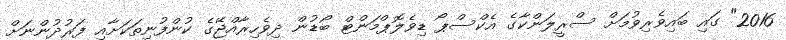
2016" ގައި ބައިވެރިވުމަށް ސްރީލަންކާގެ އެކްސްޕޯ ޑިވެލޮޕްމަންޓް ބޯޑުން ދިވެހިރާއްޖޭގެ ކުންފުނިތަކަށާއި ފަރުދުންނަށް